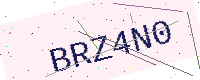
Text: BRZ4N0